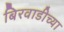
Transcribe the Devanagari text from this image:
बिरवाडीच्या